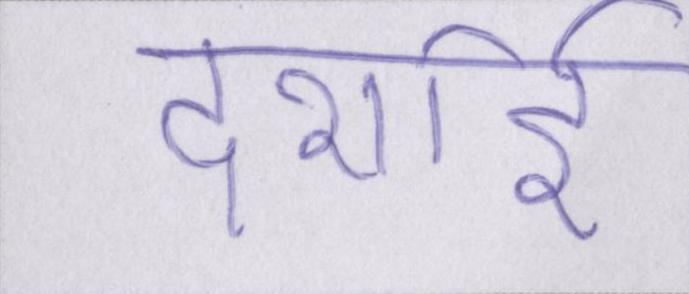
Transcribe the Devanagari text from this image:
दर्शाई